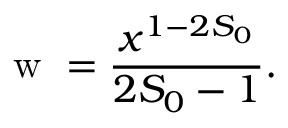
\mathrm { ~ w ~ } = \frac { x ^ { 1 - 2 S _ { 0 } } } { 2 S _ { 0 } - 1 } .